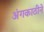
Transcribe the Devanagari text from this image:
अंगकाठीने